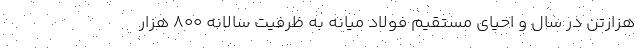
هزارتن در سال و احیای مستقیم فولاد میانه به ظرفیت سالانه 800 هزار